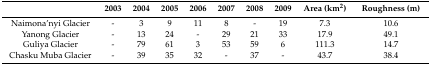
<table><thead><tr><td></td><td><b>2003</b></td><td><b>2004</b></td><td><b>2005</b></td><td><b>2006</b></td><td><b>2007</b></td><td><b>2008</b></td><td><b>2009</b></td><td><b>Area (km<sup>2</sup>)</b></td><td><b>Roughness (m)</b></td></tr></thead><tbody><tr><td>Naimona’nyi Glacier</td><td>-</td><td>3</td><td>9</td><td>11</td><td>8</td><td>-</td><td>19</td><td>7.3</td><td>10.6</td></tr><tr><td>Yanong Glacier</td><td>-</td><td>13</td><td>24</td><td>-</td><td>29</td><td>21</td><td>33</td><td>17.9</td><td>49.1</td></tr><tr><td>Guliya Glacier</td><td>-</td><td>79</td><td>61</td><td>3</td><td>53</td><td>59</td><td>6</td><td>111.3</td><td>14.7</td></tr><tr><td>Chasku Muba Glacier</td><td>-</td><td>39</td><td>35</td><td>32</td><td>-</td><td>37</td><td>-</td><td>43.7</td><td>38.4</td></tr></tbody></table>